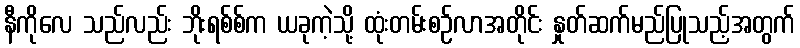
နီကိုလေ သည်လည်း ဘိုးရစ်စ်က ယခုကဲ့သို့ ထုံးတမ်းစဉ်လာအတိုင်း နှုတ်ဆက်မည်ပြုသည့်အတွက်